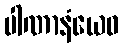
ပါဏာနံယေဝ